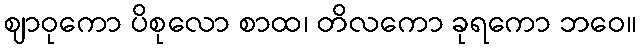
ဈာဝုကော ပိစုလော စာထ၊ တိလကော ခုရကော ဘဝေ။